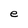
Character: e